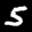
Label: 5